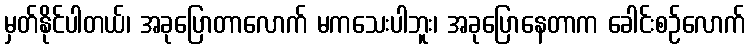
မှတ်နိုင်ပါတယ်၊ အခုပြောတာလောက် မကသေးပါဘူး၊ အခုပြောနေတာက ခေါင်းစဉ်လောက်